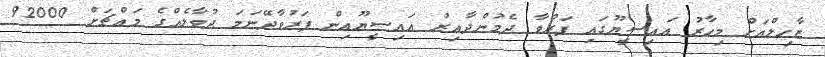
ޒާހިލްއަށް މިހާރު އައިސީޔޫގައި ފަރުވާ ދެމުންދާއިރު އައިސީޔޫއިން ފަރުވާދޭނަމަ ދުވާލެއްގެ މައްޗަށް 92000